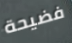
فضيحة